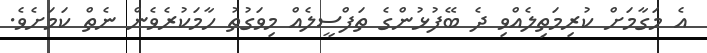
އެ މަގާމަށް ކުރިމަތިލެއްވި ދެ ބޭފުޅުންގެ ތަފްސީލެއް މިވަގުތު ހާމަކުރެވެން ނެތް ކަމަށެވެ.